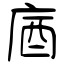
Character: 庮